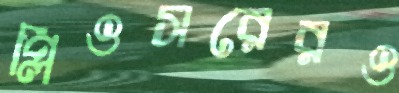
প্লিওসরেরও